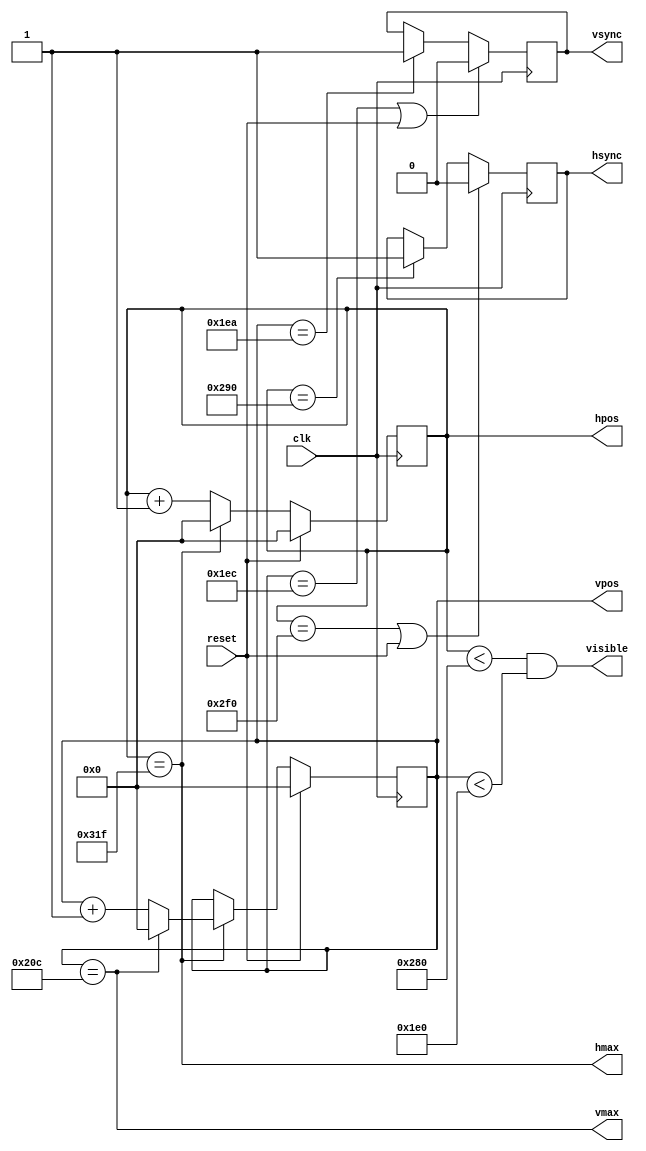
`default_nettype none
// `timescale 1ns / 1ps

module vga_sync #(
  // 800 clocks wide:
  parameter H_VIEW        = 640,   // Visible area comes first...
  parameter H_FRONT       =  16,   // ...then HBLANK starts with H_FRONT (RHS border)...
  parameter H_SYNC        =  96,   // ...then sync pulse starts...
  parameter H_BACK        =  48,   // ...then remainder of HBLANK (LHS border).
  parameter H_MAX         = H_VIEW + H_FRONT + H_SYNC + H_BACK - 1,
  parameter H_SYNC_START  = H_VIEW + H_FRONT,
  parameter H_SYNC_END    = H_SYNC_START + H_SYNC,
  // 525 lines tall:
  parameter V_VIEW        = 480,
  parameter V_FRONT       =  10,
  parameter V_SYNC        =   2,
  parameter V_BACK        =  33,
  parameter V_MAX         = V_VIEW + V_FRONT + V_SYNC + V_BACK - 1,
  parameter V_SYNC_START  = V_VIEW + V_FRONT,
  parameter V_SYNC_END    = V_SYNC_START + V_SYNC
  // Overall timing for true VGA 25.175MHz clock: 25,175,000 / 800 / 525 = 59.94Hz
  // or for 25.0MHz clock: 59.52Hz
  // Try pushing these timings around and see what happens.
) (
  // Inputs:
  input wire          clk,
  input wire          reset,
  // Outputs:
  output reg          hsync,
  output reg          vsync,
  output reg [9:0]    hpos,
  output reg [9:0]    vpos,
  output wire         hmax,
  output wire         vmax,
  output wire         visible
);


  //TODO: Reduce equality checks to just test the bits that matter,
  // because we don't care about values ABOVE these.
  // Might also be able to do similar with comparisons.
  //TODO: Consider making 'visible' a reg insted of combo.

  assign hmax = (hpos == H_MAX);
  assign vmax = (vpos == V_MAX);
  assign visible = (hpos<H_VIEW && vpos<V_VIEW);

  // Horizontal tracing:
  always @(posedge clk) begin
          if (reset)                      hpos <= 0;
    else  if (hmax)                       hpos <= 0;
    else                                  hpos <= hpos + 1'b1;
  end

  // Vertical tracing:
  always @(posedge clk) begin
          if (reset)                      vpos <= 0;
    else  if (hmax)                       vpos <= (vmax) ? 10'd0 : vpos + 1'b1;
  end

  // HSYNC:
  always @(posedge clk) begin
          if (hpos==H_SYNC_END || reset)  hsync <= 0;
    else  if (hpos==H_SYNC_START)         hsync <= 1;
  end

  // VSYNC:
  always @(posedge clk) begin
          if (vpos==V_SYNC_END || reset)  vsync <= 0;
    else  if (vpos==V_SYNC_START)         vsync <= 1;
  end
endmodule